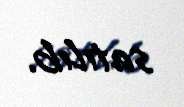
satılıb.